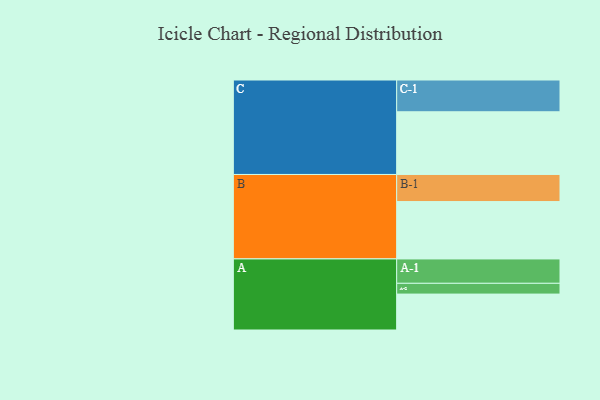
{"axis": {"x": "Segment", "y": "Value"}, "legend": ["", "A", "B", "C"], "data": [{"x": "A", "y": 330, "type": ""}, {"x": "B", "y": 527, "type": ""}, {"x": "C", "y": 576, "type": ""}, {"x": "A-1", "y": 224, "type": "A"}, {"x": "A-2", "y": 99, "type": "A"}, {"x": "B-1", "y": 249, "type": "B"}, {"x": "C-1", "y": 292, "type": "C"}]}